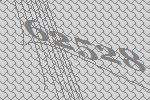
62528